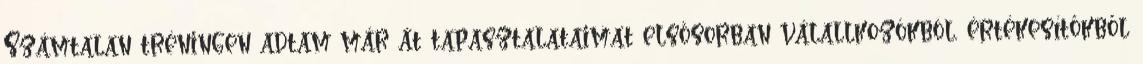
Számtalan tréningen adtam már át tapasztalataimat elsősorban válallkozókból, értékesítőkből